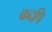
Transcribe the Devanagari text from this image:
कदपि